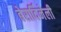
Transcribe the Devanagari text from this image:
बेरार्दिनेली